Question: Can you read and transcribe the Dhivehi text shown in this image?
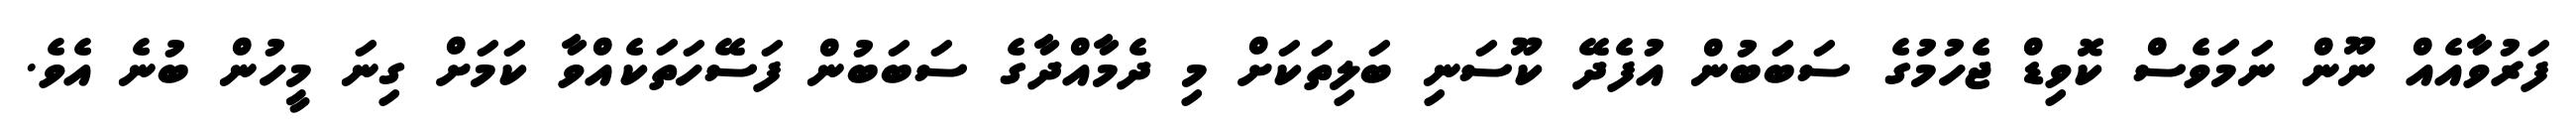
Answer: ފަރުވާއެއް ނޫން ނަމަވެސް ކޮވިޑް ޖެހުމުގެ ސަބަބުން އުފެދޭ ކޫސަނި ބަލިތަކަށް މި ދެމާއްދާގެ ސަބަބުން ފަސޭހަތަކެއްވާ ކަމަށް ގިނަ މީހުން ބުނެ އެވެ.